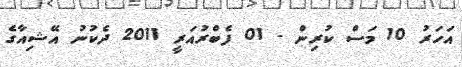
އަހަރު 10 މަސް ކުރިން - 01 ފެބްރުއަރީ 2011 ދެކުނު އޭޝިއާގެ